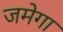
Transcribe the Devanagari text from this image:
जमेगा